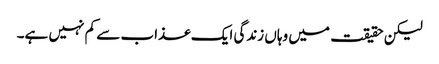
لیکن حقیقت میں وہاں زندگی ایک عذاب سے کم نہیں ہے۔